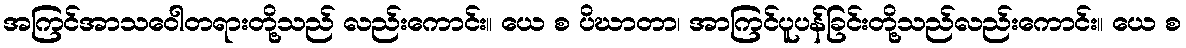
အကြင်အာသဝေါတရားတို့သည် လည်းကောင်း။ ယေ စ ပိဃာတာ၊ အာကြင်ပူပန်ခြင်းတို့သည်လည်းကောင်း။ ယေ စ